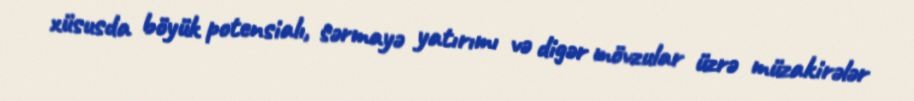
xüsusda böyük potensialı, sərmayə yatırımı və digər mövzular üzrə müzakirələr